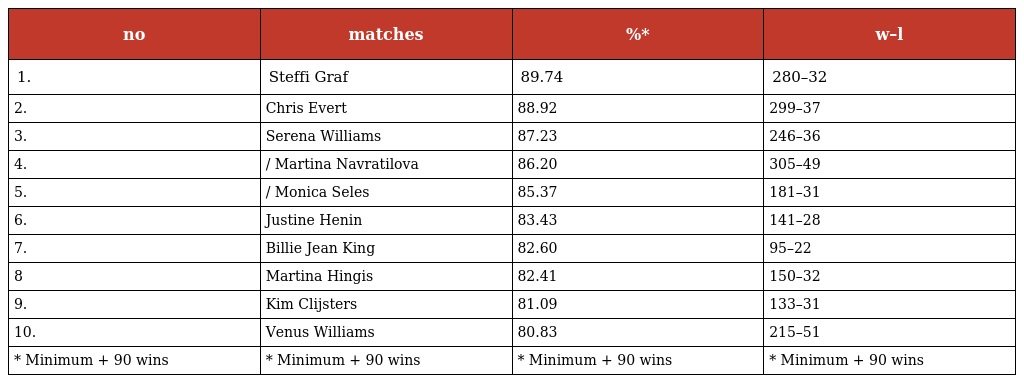
| no | matches | %* | w–l |
 | --- | --- | --- | --- |
 | 1. | Steffi Graf | 89.74 | 280–32 |
 | 2. | Chris Evert | 88.92 | 299–37 |
 | 3. | Serena Williams | 87.23 | 246–36 |
 | 4. | / Martina Navratilova | 86.20 | 305–49 |
 | 5. | / Monica Seles | 85.37 | 181–31 |
 | 6. | Justine Henin | 83.43 | 141–28 |
 | 7. | Billie Jean King | 82.60 | 95–22 |
 | 8 | Martina Hingis | 82.41 | 150–32 |
 | 9. | Kim Clijsters | 81.09 | 133–31 |
 | 10. | Venus Williams | 80.83 | 215–51 |
 | * Minimum + 90 wins | * Minimum + 90 wins | * Minimum + 90 wins | * Minimum + 90 wins |